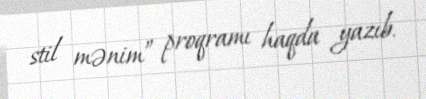
stil mənim” proqramı haqda yazıb.